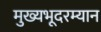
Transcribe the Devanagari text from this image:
मुख्यभूदरम्यान